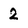
Character: 2